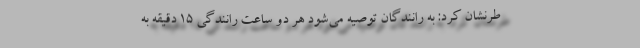
طرنشان کرد: به رانندگان توصیه می‌شود هر دو ساعت رانندگی 15 دقیقه به